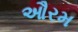
ઔરમ